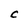
Character: C